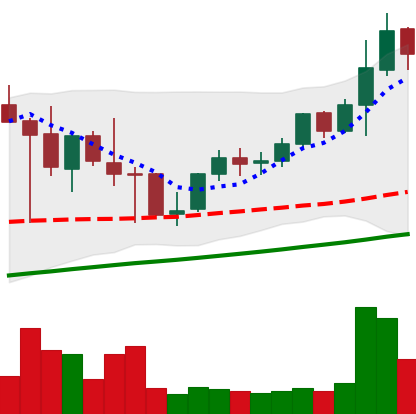
Ticker: LINK-USD
Chart end date: 2021-05-06
Forward return: 3.453%
Label: up_3_5